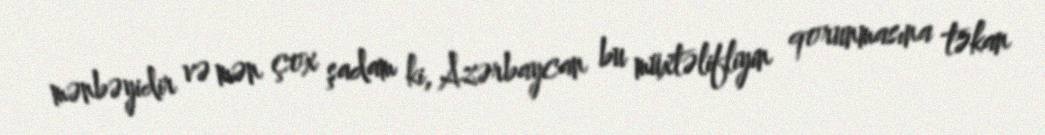
mənbəyidir və mən çox şadam ki, Azərbaycan bu müxtəlifliyin qorunmasına təkan